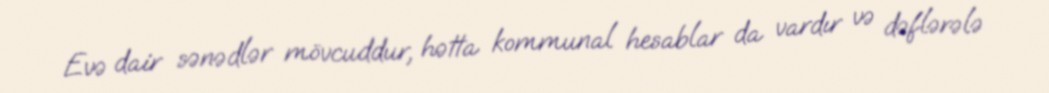
Evə dair sənədlər mövcuddur, hətta kommunal hesablar da vardır və dəflərələ